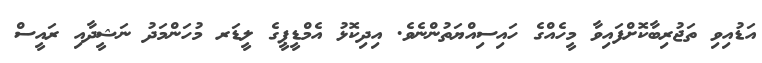
އަޑުއިވި ތަޖުރިބާކޮށްފައިވާ މީހެއްގެ ހައިސިއްޔަތުންނެވެ. އިދިކޮޅު އެމްޑީޕީގެ ލީޑަރ މުހަންމަދު ނަޝީދާއި ރައީސް